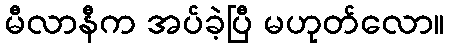
မီလာနီက အပ်ခဲ့ပြီ မဟုတ်လော။